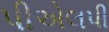
પીએલપી